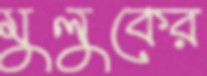
মুলুকের